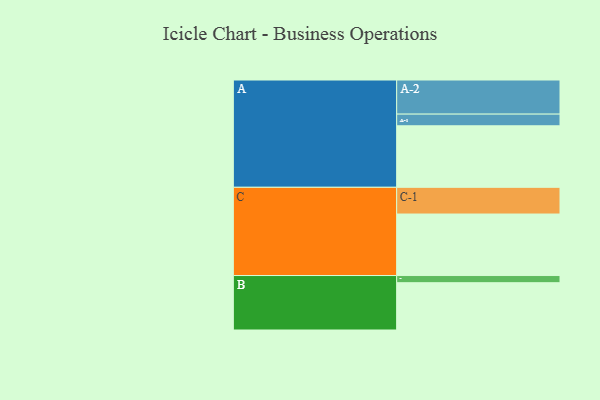
{"axis": {"x": "Segment", "y": "Value"}, "legend": ["", "A", "B", "C"], "data": [{"x": "A", "y": 532, "type": ""}, {"x": "B", "y": 409, "type": ""}, {"x": "C", "y": 532, "type": ""}, {"x": "A-1", "y": 101, "type": "A"}, {"x": "A-2", "y": 295, "type": "A"}, {"x": "B-1", "y": 62, "type": "B"}, {"x": "C-1", "y": 231, "type": "C"}]}